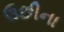
ઉછીના